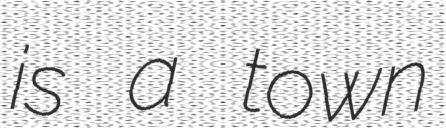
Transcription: is a town